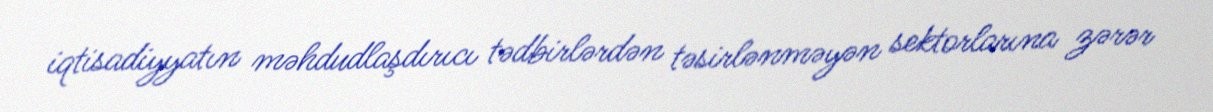
iqtisadiyyatın məhdudlaşdırıcı tədbirlərdən təsirlənməyən sektorlarına zərər